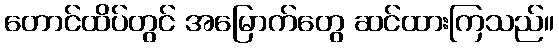
တောင်ထိပ်တွင် အမြောက်တွေ ဆင်ထားကြသည်။